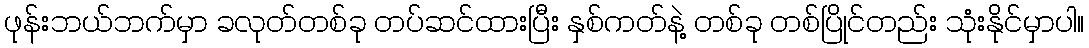
ဖုန်းဘယ်ဘက်မှာ ခလုတ်တစ်ခု တပ်ဆင်ထားပြီး နှစ်ကတ်နဲ့ တစ်ခု တစ်ပြိုင်တည်း သုံးနိုင်မှာပါ။